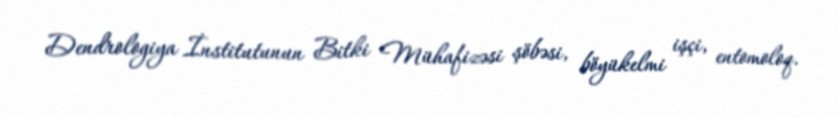
Dendrologiya İnstitutunun Bitki Mühafizəsi şöbəsi, böyükelmi işçi, entomoloq.